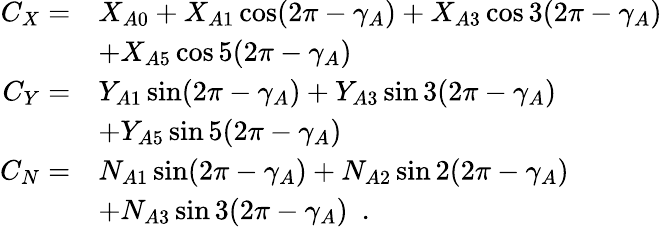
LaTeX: \begin{array}{r}{\begin{array}{rl}{C_{X}=}&{X_{A0}+X_{A1}\cos(2\pi-\gamma_{A})+X_{A3}\cos 3(2\pi-\gamma_{A})}\\ &{+X_{A5}\cos 5(2\pi-\gamma_{A})}\\ {C_{Y}=}&{Y_{A1}\sin(2\pi-\gamma_{A})+Y_{A3}\sin 3(2\pi-\gamma_{A})}\\ &{+Y_{A5}\sin 5(2\pi-\gamma_{A})}\\ {C_{N}=}&{N_{A1}\sin(2\pi-\gamma_{A})+N_{A2}\sin 2(2\pi-\gamma_{A})}\\ &{+N_{A3}\sin 3(2\pi-\gamma_{A})\enspace.}\end{array}}\end{array}